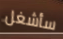
سأشغل